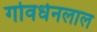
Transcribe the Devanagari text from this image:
गोवर्धनलाल